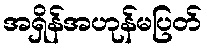
အရှိန်အဟုန်မပြတ်